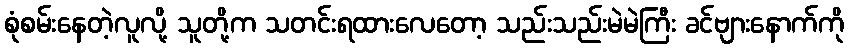
စုံစမ်းနေတဲ့လူလို့ သူတို့က သတင်းရထားလေတော့ သည်းသည်းမဲမဲကြီး ခင်ဗျားနောက်ကို